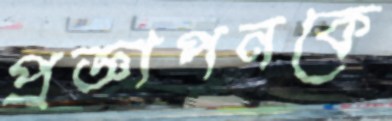
প্রজ্ঞাপনকে